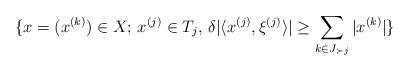
LaTeX: \begin{align*}\{x = (x^{(k)}) \in X;\, x^{(j)} \in T_j,\,\delta |\langle x^{(j)}, \xi^{(j)} \rangle| \ge \sum_{k \in J_{\succ j}}|x^{(k)}|\}\end{align*}